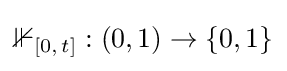
\mathbb {1} _{[0,\,t]}:(0,1)\to \{0,1\}